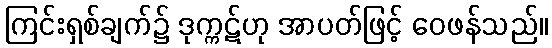
ကြင်းရှစ်ချက်၌ ဒုက္ကဋ်ဟု အာပတ်ဖြင့် ဝေဖန်သည်။